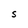
Character: S